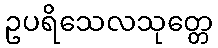
ဥပရိသေလသုတ္တေ